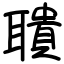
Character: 聵